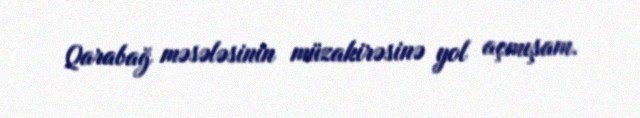
Qarabağ məsələsinin müzakirəsinə yol açmışam.